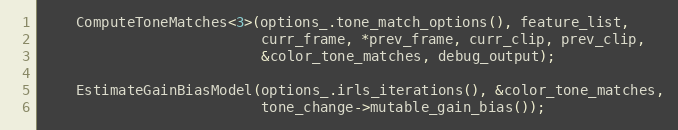
Language: C++
    ComputeToneMatches<3>(options_.tone_match_options(), feature_list,
                          curr_frame, *prev_frame, curr_clip, prev_clip,
                          &color_tone_matches, debug_output);

    EstimateGainBiasModel(options_.irls_iterations(), &color_tone_matches,
                          tone_change->mutable_gain_bias());